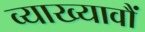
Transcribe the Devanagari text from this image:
व्याख्यावौं